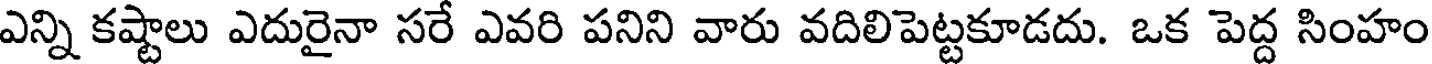
ఎన్ని కష్టాలు ఎదురైనా సరే ఎవరి పనిని వారు వదిలిపెట్టకూడదు. ఒక పెద్ద సింహం